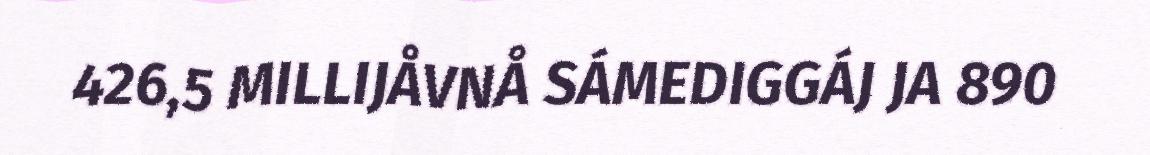
426,5 MILLIJÅVNÅ SÁMEDIGGÁJ JA 890